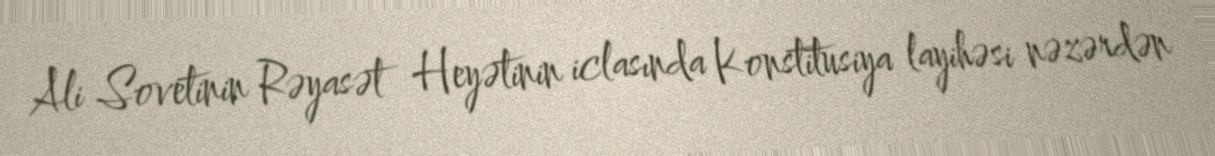
Ali Sovetinin Rəyasət Heyətinin iclasında Konstitusiya layihəsi nəzərdən